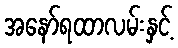
အနော်ရထာလမ်းနှင့်